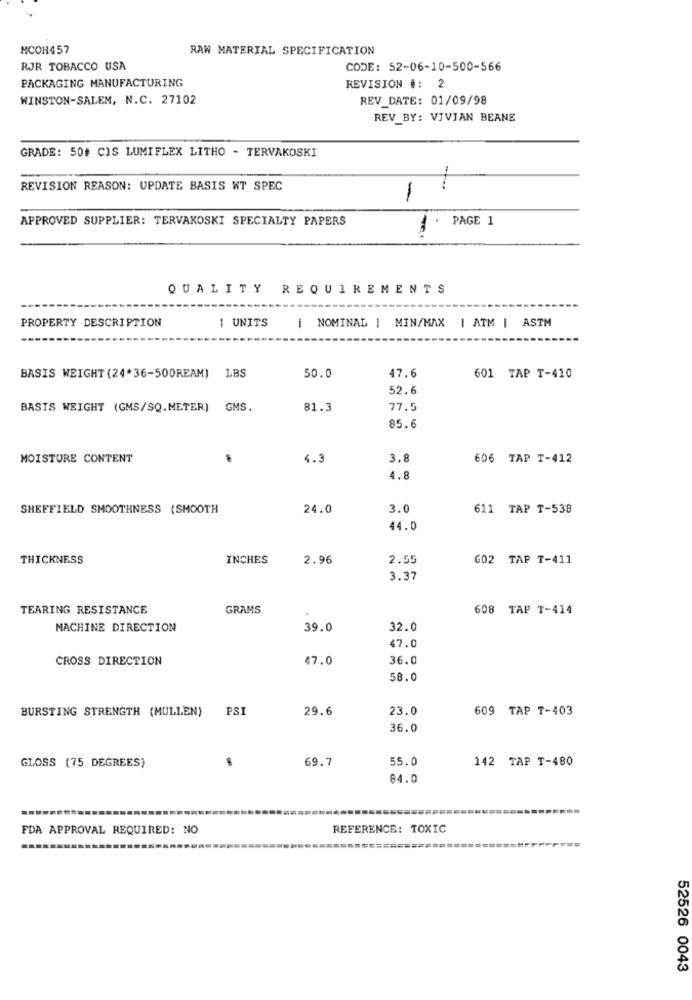
MCOH457
RAW MATERIAL SPECIFICATION
RJR TOBACCO USA
CODE: 52-06-10-500-566
PACKAGING MANUFACTURING
REVISION #: 2
WINSTON-SALEM, N.C. 27102
REV_DATE: 01/09/98
REV_BY: VIVIAN BEANE
GRADE: 50# CIS LUMIFLEX LITHO - TERVAKOSKI
REVISION REASON: UPDATE BASIS WT SPEC
APPROVED SUPPLIER: TERVAKOSKI SPECIALTY PAPERS
PAGE 1
1
QUALITY REQUIREMENTS
PROPERTY DESCRIPTION
1 UNITS
i NOMINAL | MIN/MAX
| ATM | ASTM
BASIS WEIGHT (24*36-500REAM) LBS
50.0
47.6
601 TAP T-410
52.6
BASIS WEIGHT (GMS/SQ. METER) GMS.
81.3
77.5
85.6
MOISTURE CONTENT
4.3
3.8
606 TAP T-412
4.8
SHEFFIELD SMOOTHNESS (SMOOTH
24.0
3.0
611 TAP T-538
44.0
THICKNESS
INCHES
2.96
2.55
602 TAP T-411
3.37
TEARING RESISTANCE
GRAMS
608 TAP T-414
MACHINE DIRECTION
39.0
32.0
47.0
CROSS DIRECTION
47.0
36.0
58.0
BURSTING STRENGTH (MULLEN}
PSI
29.6
23.0
609 TAP T-403
36.0
GLOSS (75 DEGREES)
69.7
55.0
142 TAP T-480
84.0
FDA APPROVAL REQUIRED: NO
REFERENCE: TOXIC
52526 0043